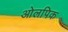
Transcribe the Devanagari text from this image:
ओलपिक